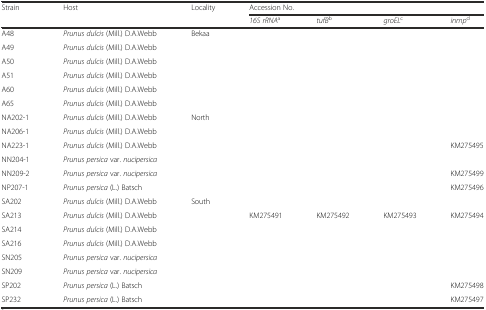
| Strain | Host | Locality | <COLSPAN=4> Accession No. |
 |  |  |  | 16S rRNAa | tufBb | groELc | inmpd |
 | --- | --- | --- | --- | --- | --- | --- |
 | A48 | Prunus dulcis (Mill.) D.A.Webb | Bekaa |  |  |  |  |
 | A49 | Prunus dulcis (Mill.) D.A.Webb |  |  |  |  |  |
 | A50 | Prunus dulcis (Mill.) D.A.Webb |  |  |  |  |  |
 | A51 | Prunus dulcis (Mill.) D.A.Webb |  |  |  |  |  |
 | A60 | Prunus dulcis (Mill.) D.A.Webb |  |  |  |  |  |
 | A65 | Prunus dulcis (Mill.) D.A.Webb |  |  |  |  |  |
 | NA202-1 | Prunus dulcis (Mill.) D.A.Webb | North |  |  |  |  |
 | NA206-1 | Prunus dulcis (Mill.) D.A.Webb |  |  |  |  |  |
 | NA223-1 | Prunus dulcis (Mill.) D.A.Webb |  |  |  |  | KM275495 |
 | NN204-1 | Prunus persica var. nucipersica |  |  |  |  |  |
 | NN209-2 | Prunus persica var. nucipersica |  |  |  |  | KM275499 |
 | NP207-1 | Prunus persica (L.) Batsch |  |  |  |  | KM275496 |
 | SA202 | Prunus dulcis (Mill.) D.A.Webb | South |  |  |  |  |
 | SA213 | Prunus dulcis (Mill.) D.A.Webb |  | KM275491 | KM275492 | KM275493 | KM275494 |
 | SA214 | Prunus dulcis (Mill.) D.A.Webb |  |  |  |  |  |
 | SA216 | Prunus dulcis (Mill.) D.A.Webb |  |  |  |  |  |
 | SN205 | Prunus persica var. nucipersica |  |  |  |  |  |
 | SN209 | Prunus persica var. nucipersica |  |  |  |  |  |
 | SP202 | Prunus persica (L.) Batsch |  |  |  |  | KM275498 |
 | SP232 | Prunus persica (L.) Batsch |  |  |  |  | KM275497 |